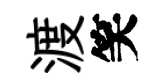
渡笑